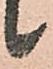
候